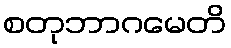
စတုဘာဂမေတိ